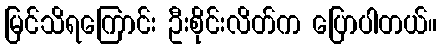
မြင်သိရကြောင်း ဦးစိုင်းလိတ်က ပြောပါတယ်။